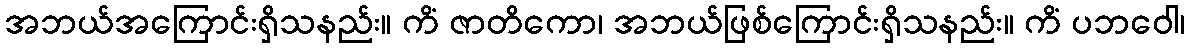
အဘယ်အကြောင်းရှိသနည်း။ ကိံ ဇာတိကော၊ အဘယ်ဖြစ်ကြောင်းရှိသနည်း။ ကိံ ပဘဝေါ၊